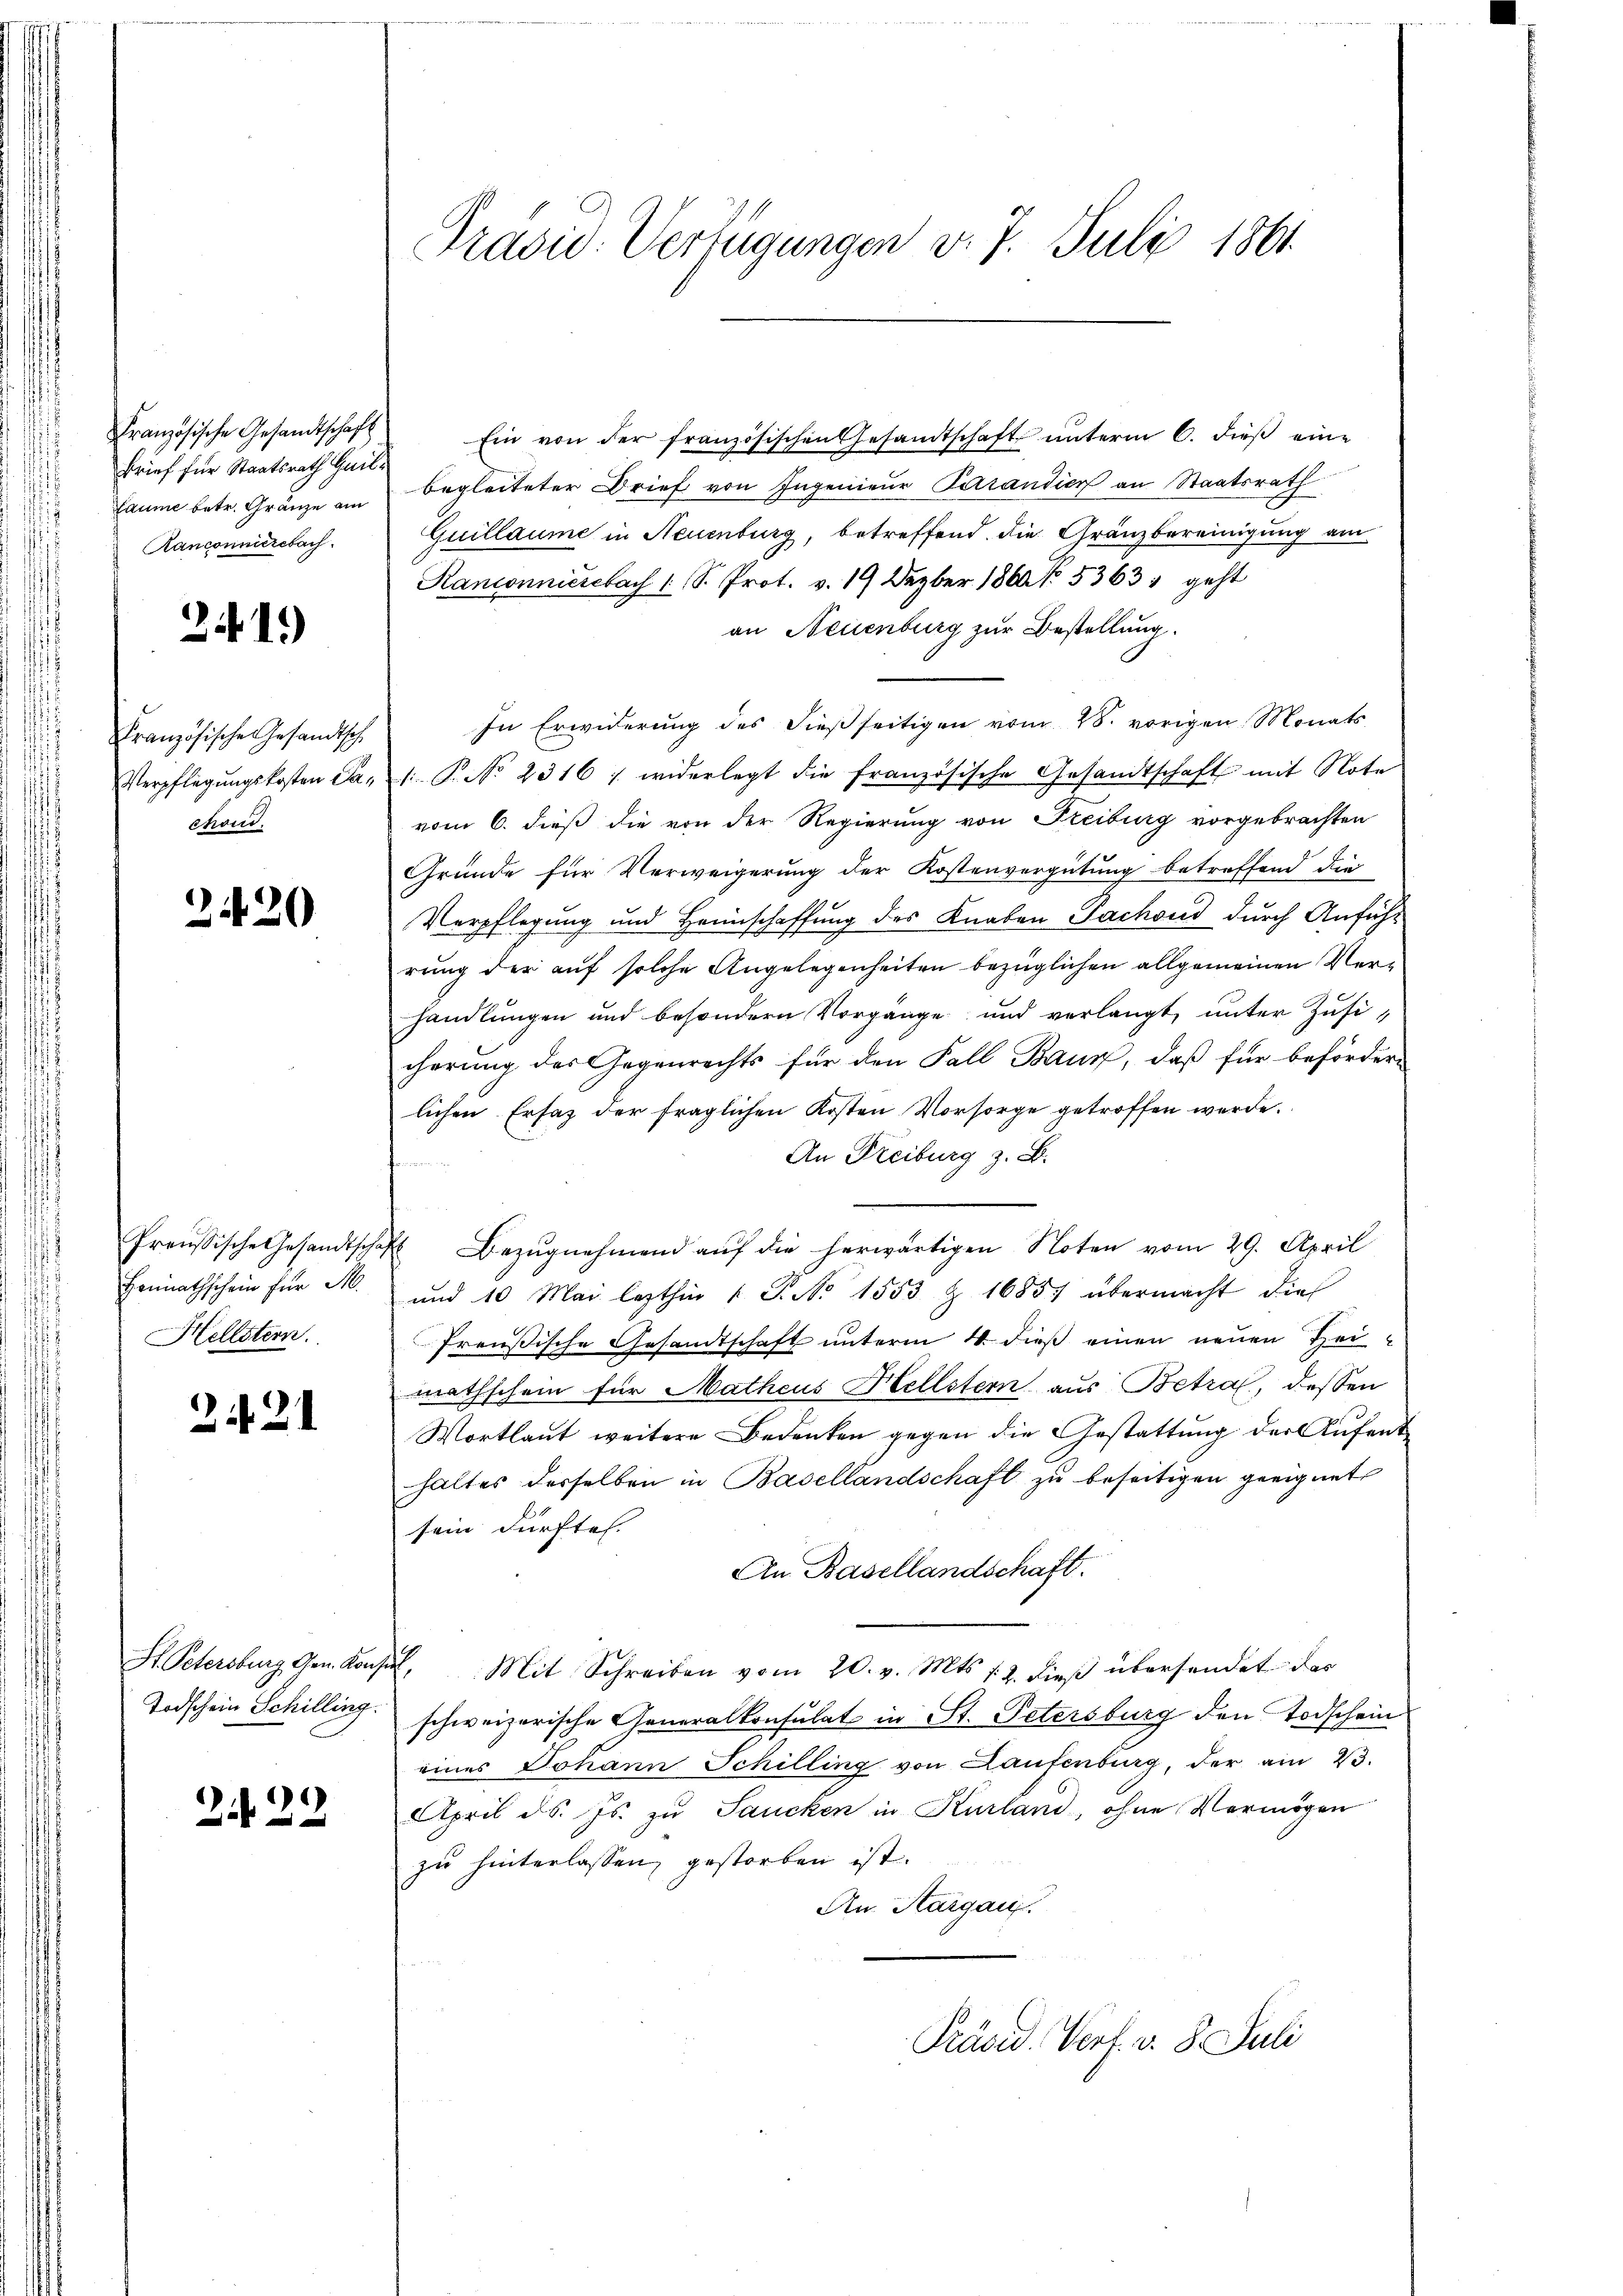
Französische Gesandtschaft
Brief für Staatsrath Gail¬
Laume betr. Gränze am
Kanconnerebach.

21.)

Französische Gesandtsche
chond.

2420

Honnathschein für M
Hellstern.

224

Todschein Schilling.

)
2

Präsid. Verfügungen v. 7. Juli 1861.

Ein von der französischen Gesandtschaft unterm 6. dieß eine
begleiteter Brief von Ingenieur Parandier an Staatsrath
Guillaume in Neuenburg, betreffend die Gränzbereinigung am
Ranconniessbach 1 S. Prot. v. 19 Dezber 1860. 5363, geht
an Neuenburg zur Bestellung.
In Erwiderung des dieβ seitigen vom 28. vorigen Monats
Verpflegŭngskosten Carl P. No 2316 1 widerlegt die französische Gesandtschaft mit Note
vom 6. dieß die von der Regierung von Freiburg vorgebrachten
Gründe für Verweigerung der Kostenvergütung betreffend die
Verpflegung und Heimschaffung des Knaben Sachend durch Anfüh-
rung der auf solche Angelegenheiten bezüglichen allgemeinen Verhandlungen und besondern Vorgänge und verlangt, unter Zusicherung des Gegenrechts für den Fall Baur, daß für beförder-
lichen Ersatz der fraglichen Kosten Vorsorge getroffen werde.
An Freiburg z. B.
Preussische Gesandtschaft Bezŭgnehmend aŭf die herwärtigen Noten vom 29. April
und 10 Mai lezthin 1 S. No 1553 & 1685 übermacht die
Preußische Gesandtschaft unterm 4. dieß einen neuen Heimathschein für Matheus Hellstern aus Betraf, dessen
Wortlaut weitere Bedenken gegen die Gestattung der Aufenthaltes derselben in Basellandschaft zu beseitigen geeignet
sein dürfte.
An Basellandschaft.
St. Petersburg Gen. Konsul, Mit Schreiben vom 20. v. Mts. s. Z. dieβ übersendet das
schweizerische Generalkonsulat in St. Petersburg den Todschein
eines Johann Schilling von Laufenburg, der am 23.
April d. Js. zu Sancken in Kurland, ohne Vermögen
zu hinterlassen, gestorben ist.
An Thurgau.
Präsid. Verf. v. 8. Juli